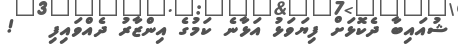
ޝުއައިބާ ދެކޮޅަށް ފިޔަވަޅު އަޅާނެ ކަމުގެ އިންޒާރު ދެއްވައިފި   !